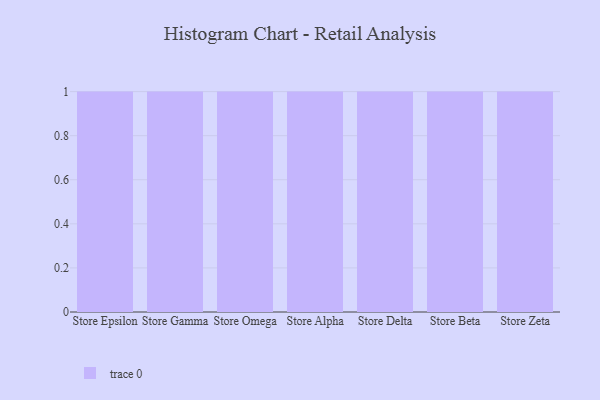
{"axis": {"x": "Store", "y": "Revenue (USD Million)"}, "legend": [""], "data": [{"x": "Store Epsilon", "y": 21, "type": ""}, {"x": "Store Gamma", "y": 7, "type": ""}, {"x": "Store Omega", "y": 3, "type": ""}, {"x": "Store Alpha", "y": 76, "type": ""}, {"x": "Store Delta", "y": 84, "type": ""}, {"x": "Store Beta", "y": 71, "type": ""}, {"x": "Store Zeta", "y": 58, "type": ""}]}